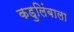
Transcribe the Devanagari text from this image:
कडुलिंबाला